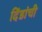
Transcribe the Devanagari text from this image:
दिंडांची